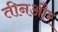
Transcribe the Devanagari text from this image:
तीनऔर